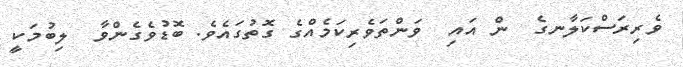
ވެރިރަސްކަލާނގެ  ން އައި  ވަންތަވެރިކަމެއްގެ ގޮތުގައެވެ. ބޮޑުވެގެންވާ  ލިބުމަކީ